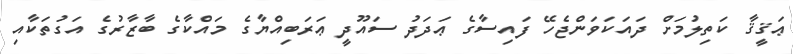
ޢަޤީޤާ ކަތިލުމަށް ދައަކަވަންޖެހޭ ފައިސާގެ ޢަދަދު ސައޫދީ ޢަރަބިއްޔާގެ މައްކާގެ ބާޒާރުގެ އަގުތަކާއި